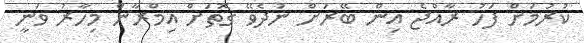
ކުރުމަށް ފަހު ރާއްޖެ އިން ބޭރަށް ނުދެވޭ ގޮތަށް އިމްރާން މިހާރު ވަނީ